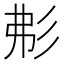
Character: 𢒍